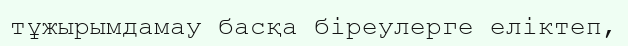
тұжырымдамау басқа біреулерге еліктеп,